Lock hospitals Punjab
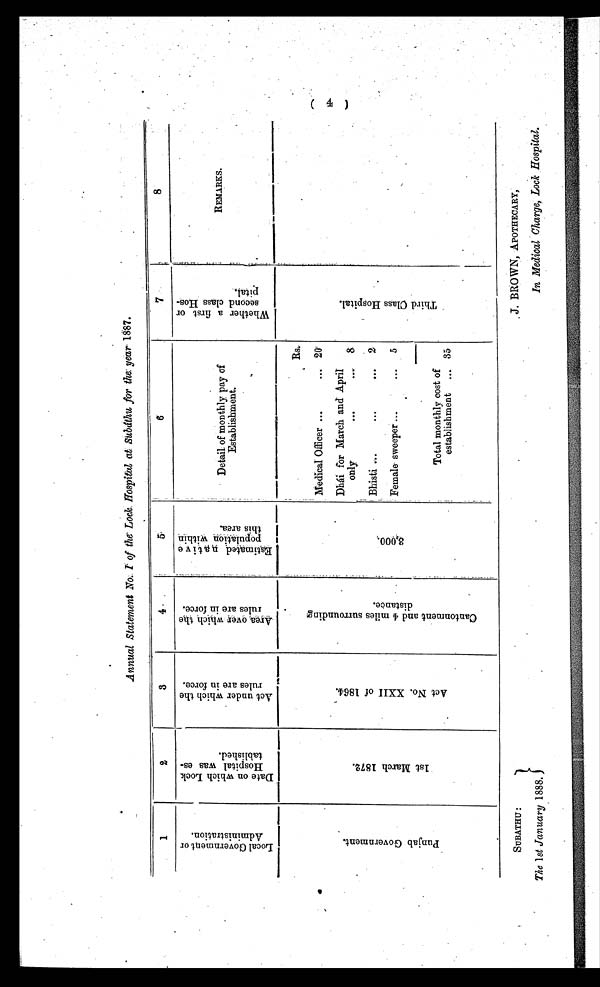
SUBATHU :
The 1st January 1888.
J. BROWN, APOTHECARY,
In Medical Charge, Lock Hospital.
Annual Statement No. .1 of the Lock. Hospital at Subáthu fir the: year 1887.
1
2
3
4
5
6
7
8
L o c a l G o v e r n m e n t o r
A d m i n i s t r a t i o n .
D a t e o n w h i c h L o c k
H o s p i t a l w a s e s -
t a b l i s h e d .
A c t u n d e r w h i c h t h e
r u l e s a r e i n f o r c e .
A r e a w h i c h t h e
r u l e s a r e i n f o r c e .
E s t i m a t e d n a t i v e
p o p u l a t i o n
t h i s a r e a .
Det ai l . of mont hl y, pay of
Establishment.
W h e t h e r a f i r s t o r
s e c o n d c l a s s H o s -
p i t a l
REMARKS.
P u n j a b G o v e r n m e n t .
1 s t M a r c h 1 8 7 2 .
A c t N o . X X I I o f 1 8 6 4 .
C a n t o n m e n t a n d 4 m i l e s s u r r o u n d i n g
d i s t a n c e .
3 , 0 0 0 . Rs.
T h i r d C l a s s H o s p i t a l .
Medical Officer ... ... 20'
Dhái for March and Apri l
only ... 8
Bhisti ... ... ... 2
Female sweeper ... ...
Total monthly cost of
establishment ... 35
( 4 )